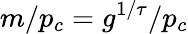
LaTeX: m/p_{c}=g^{1/\tau}/p_{c}